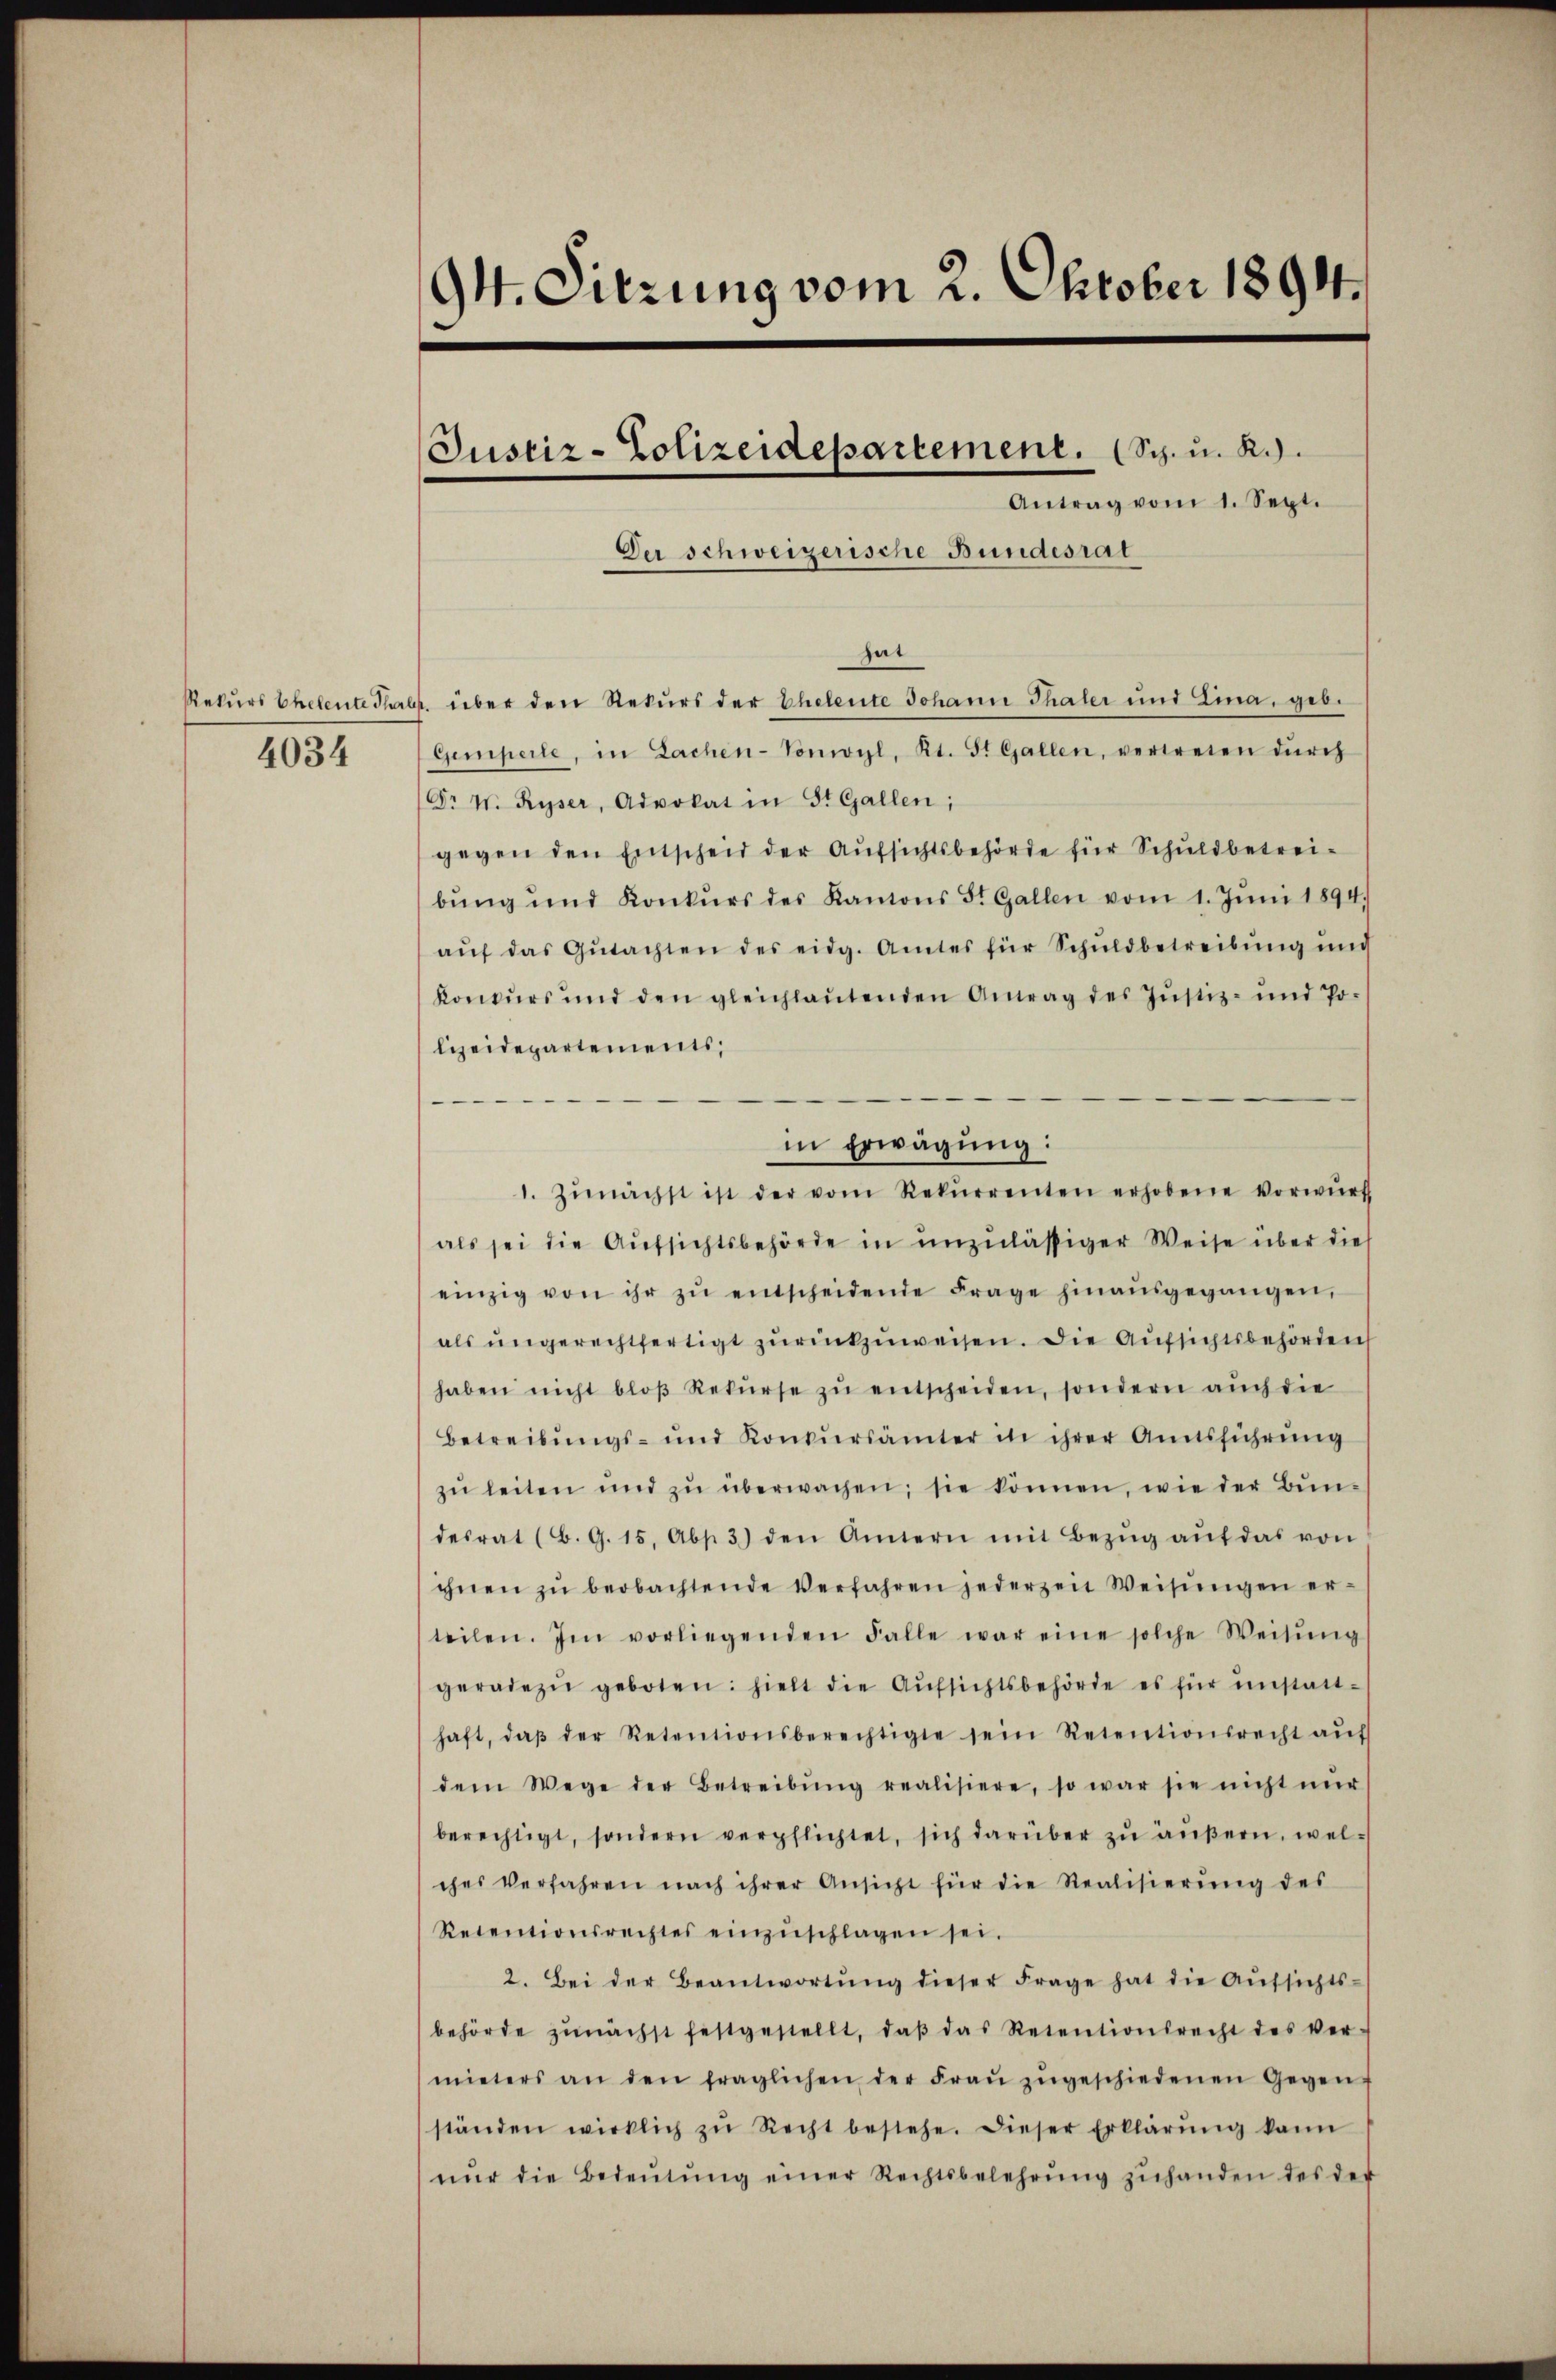
4034

94. Sitzung vom 2. Oktober 1894.
Justiz-Polizeidepartement. (Sch. u. R.)
Antrag vom 1. Sept.
Der schweizerische Bundesrat

hat
Rekŭrs Eheleute Thalr. über den Rekurs der Eheleute Johann Thaler und Zina, geb.
Gemperte, in Lachen-Vonwyl, Kt. St. Gallen, vertreten dŭrch
Dr W. Ryser, Advokat in St. Gallen;
gegen den Entscheid der Aŭfsichtsbehörde für Schuldbetrei-
bŭng und Konkŭrs des Kantons St. Gallen vom 1. Jŭni 1894.
aŭf das Gŭtachten des eidg. Amtes für Schŭldbetreibŭng und
Konkurs und den gleichlaŭtenden Antrag des Justiz- und Po-
lizeidepartements,
1. Zŭnächst ist der vom Rekŭrrenten erhobene Vorwürf
als sei die Aŭfsichtsbehörde in unzulässiger Weise über die
einzig von ihr zŭ entscheidende Frage hinaŭsgegangen,
als ungerechtfertigt zŭrückzuweisen. Die Aufsichtsbehörden
haben nicht bloβ Rekŭrse zŭ entscheiden, sondern aŭch die
Betreibŭngs- und Konkŭrsämter in ihrer Amtsführŭng
zŭ leiten und zŭ überwachen; sie können, wie der Bŭn-
desrat (B. G. 15, Abs. 3) den Annern mit Bezŭg aŭf das von
ihnen zŭ beobachtende Verfahren jederzeit Weisŭngen er-
teilen. Im vorliegenden Falle war eine solche Weisŭng
geradezu geboten: hielt die Aŭfsichtsbehörde es für unstatt-
haft, daβ der Retentionsberechtigte sein Retentionsrecht aŭf
dem Wege der Betreibŭng realisiere, so war sie nicht nŭr
berechtigt, sondern verpflichtet, sich darüber zu äußern, welches Verfahren nach ihrer Ansicht für die Realisierŭng des
Retentionsrechtes einzŭschlagen sei.
2. Bei der Beantwortŭng dieser Frage hat die Aŭssichts-
behörde zŭnächst festgestellt, daβ das Retentionsrecht des ver-
mieters an den fraglichen der Fraŭ zŭgeschiedenen Gegen
ständen wirklich zŭ Recht bestehe. Dieser Erklärŭng kann
nŭr die Bedeŭtŭng einer Rechtsbelehrŭng zŭhanden des der

in Erwägung: